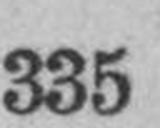
335